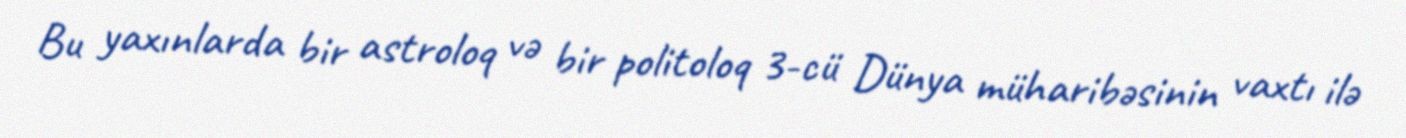
Bu yaxınlarda bir astroloq və bir politoloq 3-cü Dünya müharibəsinin vaxtı ilə